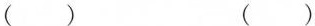
( ) ( )